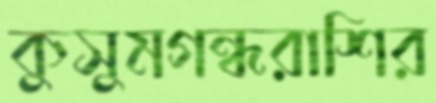
কুসুমগন্ধরাশির